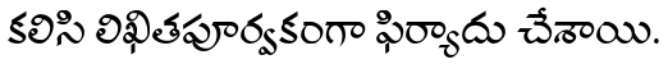
కలిసి లిఖితపూర్వకంగా ఫిర్యాదు చేశాయి.